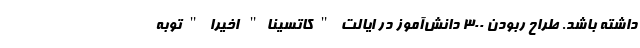
داشته باشد. طراح ربودن 300 دانش‌آموز در ایالت "کاتسینا" اخیرا "توبه